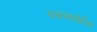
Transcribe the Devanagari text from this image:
एक्सपोर्टेस